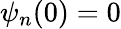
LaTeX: \psi_{n}(0)=0